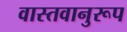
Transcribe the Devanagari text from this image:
वास्तवानुरूप